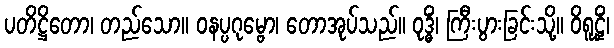
ပတိဋ္ဌိတော၊ တည်သော။ ဝနပ္ပဂုမ္ဗော၊ တောအုပ်သည်။ ဝုဒ္ဓိံ၊ ကြီးပွားခြင်းသို့။ ဝိရူဠှိံ၊